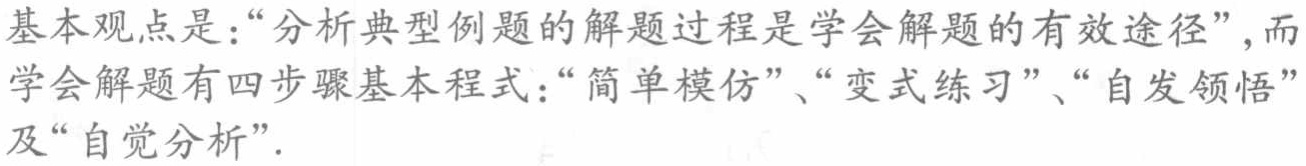
基本观点是：“分析典型例题的解题过程是学会解题的有效途径”, 而学会解题有四步骤基本程式：“简单模仿”、“变式练习”、“自发领悟”及“自觉分析”.